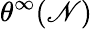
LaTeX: \theta^{\infty}(\mathscr{N})